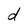
Character: d